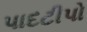
પાદટીપો